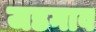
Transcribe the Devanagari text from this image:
जडगाव